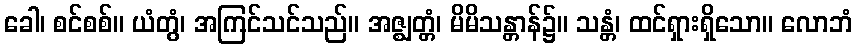
ခေါ၊ စင်စစ်။ ယံတွံ၊ အကြင်သင်သည်။ အဇ္ဈတ္တံ၊ မိမိသန္တာန်၌။ သန္တံ၊ ထင်ရှားရှိသော။ လောဘံ